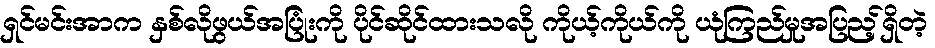
ရှင်မင်းအာက နှစ်လိုဖွယ်အပြုံးကို ပိုင်ဆိုင်ထားသလို ကိုယ့်ကိုယ်ကို ယုံကြည်မှုအပြည့်ရှိတဲ့